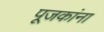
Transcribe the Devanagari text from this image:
पूजकांना